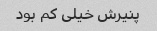
پنیرش خیلی کم بود